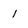
Character: 1